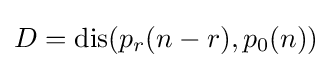
{\textstyle D=\operatorname {dis} (p_{r}(n-r),p_{0}(n))}